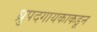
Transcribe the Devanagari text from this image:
ध्रुपदगायकाकडून